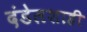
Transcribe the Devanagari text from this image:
दंडेलशाही